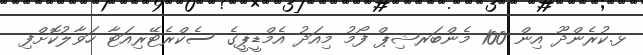
ޅ.ކުރެންދޫ އިން 100 މެންބަރޝިޕް ފޯމު މިއަދު އެމްޑީޕީގެ ސެކްރެޓޭރިއަޓާ ހަވާލުކޮށްފި